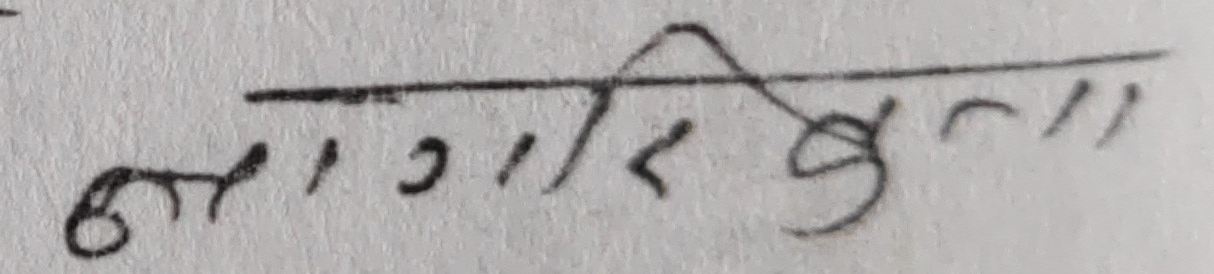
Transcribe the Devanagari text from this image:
लागत कुल "